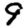
Digit: 9